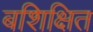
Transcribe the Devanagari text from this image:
बशिक्षित